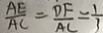
\frac { A E } { A C } = \frac { D F } { A C } = \frac { 1 } { 3 }